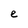
Character: e